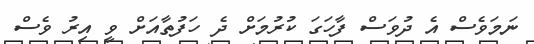
ނަމަވެސް އެ ދުވަސް ފާހަގަ ކުރުމަށް ދެ ހަފުތާއަށް ވީ އިރު ވެސް